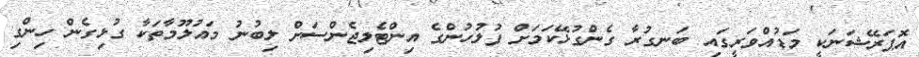
އޮޕަރޭޝަނަކީ މަޑުއްވަރީގައި ބަނގުރާ ގެންގުޅޭކަމަށް ފުލުހުންގެ އިންޓެލިޖެންސަށް ލިބުނު މައުލޫމާތަކާ ގުޅިގެން ހިންގި